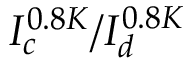
I _ { c } ^ { 0 . 8 K } / I _ { d } ^ { 0 . 8 K }